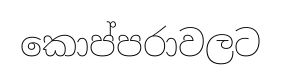
කොප්පරාවලට